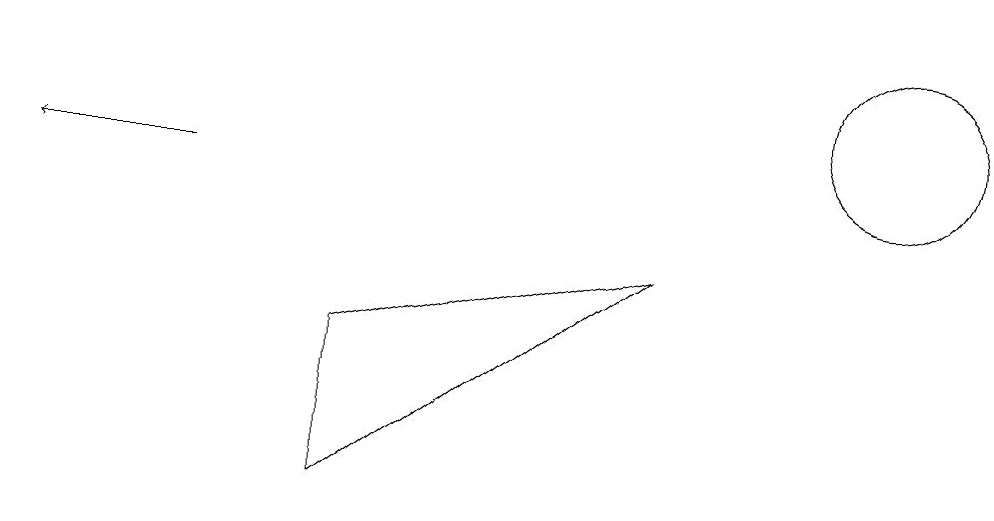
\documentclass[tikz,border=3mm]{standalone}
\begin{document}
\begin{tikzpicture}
\draw (4,6) -- (4,8) -- (8,9) -- cycle;
\draw (11,11) circle (1);
\draw[->] (2,10) -- (0,10);
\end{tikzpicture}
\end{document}